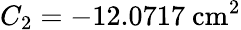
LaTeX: C_{2}=-12.0717\ \mathrm{cm}^{2}